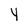
Character: Y